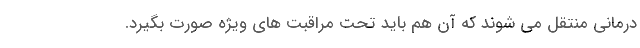
درمانی منتقل می شوند که آن هم باید تحت مراقبت های ویژه صورت بگیرد.